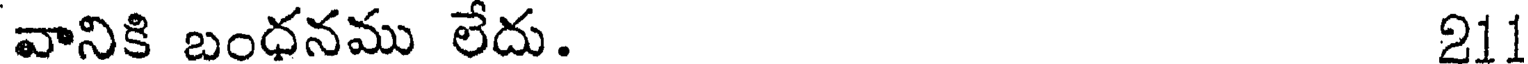
వానికి బంధనము లేదు. 211